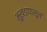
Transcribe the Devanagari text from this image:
भूखंडापासून